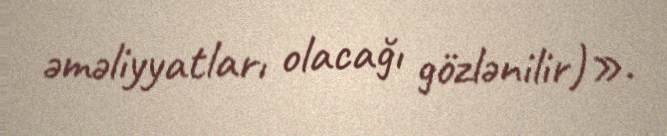
əməliyyatları olacağı gözlənilir)».